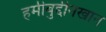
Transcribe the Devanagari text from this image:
हमीबुद्दीनखान